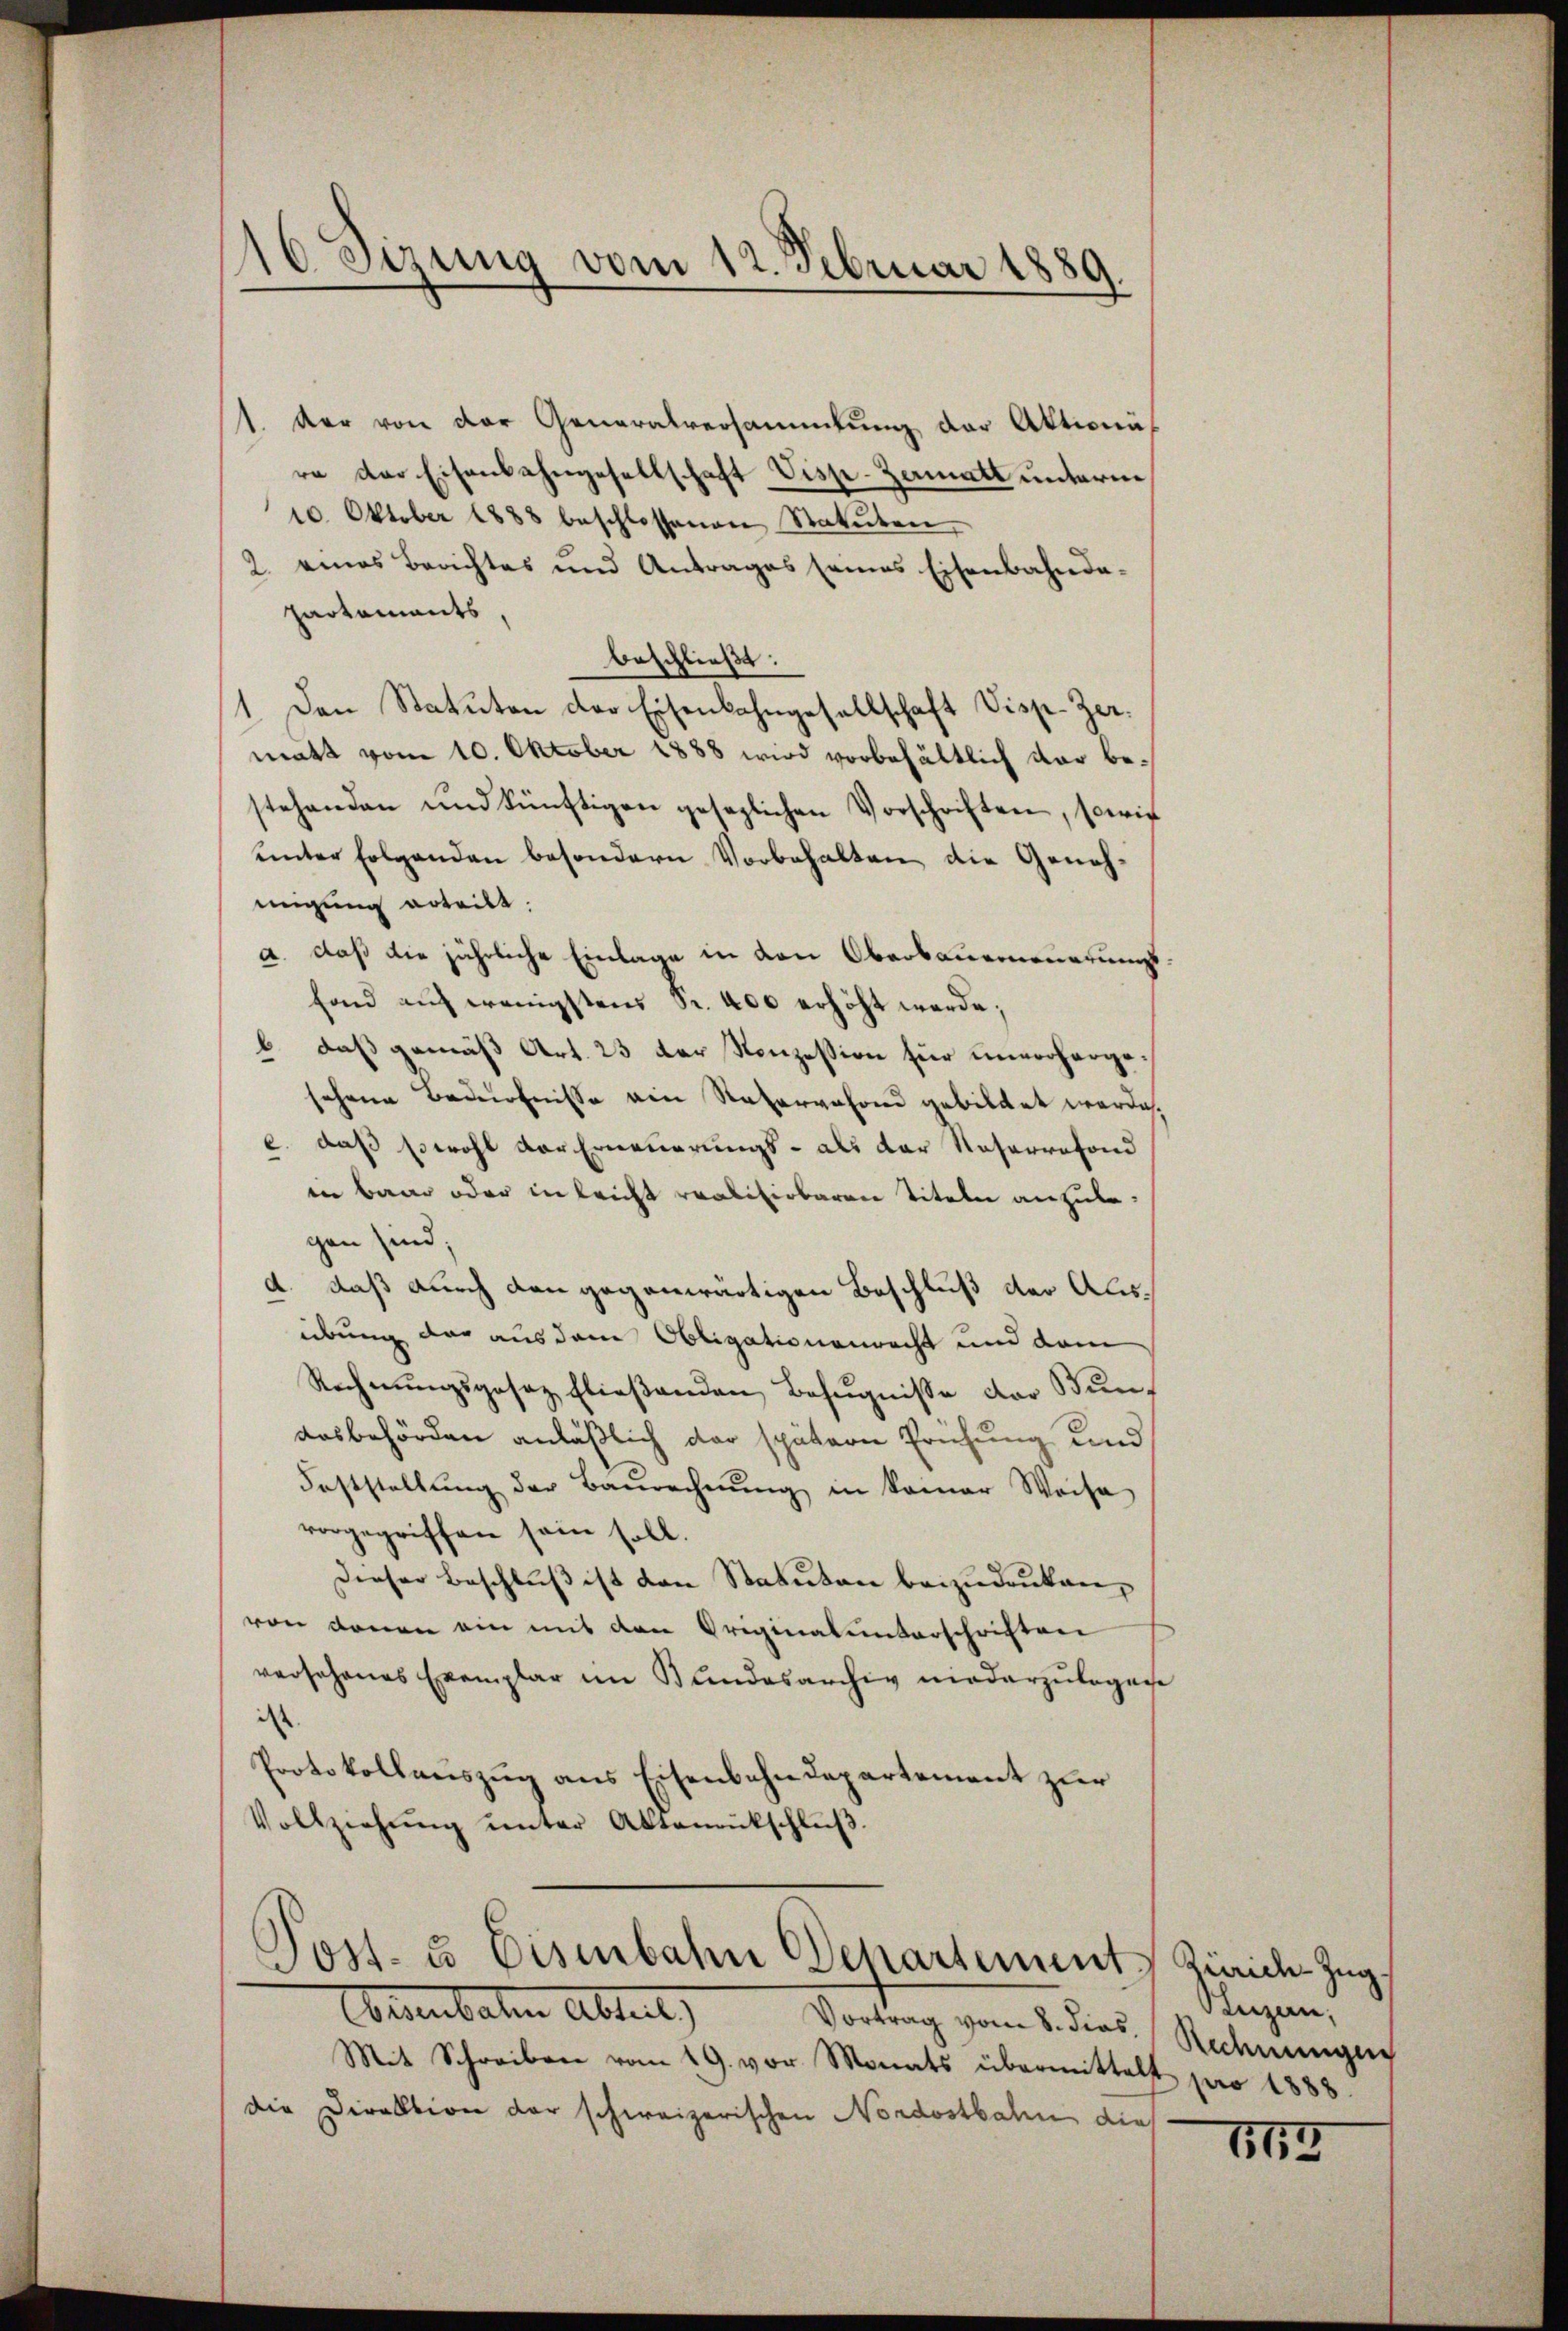
16 Sizung vom 12. Februar 1889.

1. der von der Generalversammlung der Aktionäre der Eisenbahngesellschaft Visp-Zamatt unterm
10. Oktober 1888 beschlossenen Statuten,
2. eines Berichtes und Antrages seines Eisenbahnda-
Partements
beschließt:
1. Den Statuten der Eisenbahngesellschaft Disp. Zermatt vom 10. Oktober 1888 wird vorbehältlich dar bestehenden und künftigen gesezlichen Vorschriften, sowie
unter Folgenden besondern Vorbehalten die Genehmigung erteilt.
a. daß die jährliche Einlage in den Oberbauerneuerungsfand auf wenigstens Fr. 400 erhöht werde;
b. daß gemäß Art. 23 der Konzession für unvorhergesehene Bedürfnisse ein Natervefond gebildet werde,
c. daß sowohl der Erneuerungs- als der Naserrefond
in baar oder in leicht realisirbaren Titeln anzulegen sind;
2. daß durch den gegenwärtigen Beschluß der Alisübung der aus dem Obligationenrecht und dem
Rechnŭngsgesetz flieβenden Bezŭgnisse der Bundosbehörden anläßlich der spätern Prüfung und
Feststellŭng der Baŭrechnŭng in kamer Weise
vorgegriffen sein soll.
Dieser Beschluß ist den Statuten beizudruken,
von denen ein mit den Originalunterschriften
versehenes Exemplar im Bundesarchiv niederzulegenhe
ist.
Protokollauszug aus Eisenbahndepartement zur
Vollziehŭng ŭnter Aktenrutschlŭβ
Post- u Eisenbahn Departement Zürich Zug,
Consenbaten Abteil) Vortrag vom 8. dies
Mit Schreiben vom 19. vor Monats übermittelt pro 1888.
die Direktion der schweizerischen Nordostbahn dies

Suzen,
denungen

163